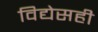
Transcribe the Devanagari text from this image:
विद्येसही